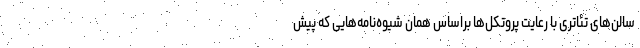
سالن‌های تئاتری با رعایت پروتکل‌ها براساس همان شیوه‌نامه‌هایی که پیش